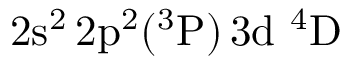
\mathrm { 2 s ^ { 2 } \, 2 p ^ { 2 } ( ^ { 3 } P ) \, 3 d ~ ^ { 4 } D }